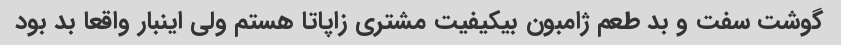
گوشت سفت و بد طعم ژامبون بیکیفیت مشتری زاپاتا هستم ولی اینبار واقعا بد بود